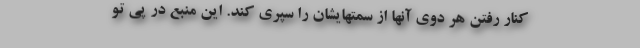
کنار رفتن هر دوی آنها از سمتهایشان را سپری کند. این منبع در پی تو